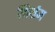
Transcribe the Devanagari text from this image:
निर्भ्रम